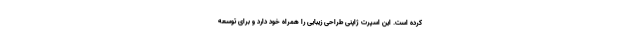
کرده است. این اسپرت ژاپنی طراحی زیبایی را همراه خود دارد و برای توسعه